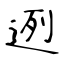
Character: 迾